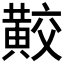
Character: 𪏁